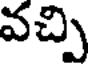
వచ్చి